NAE_EAA_P-1039_Kommunismi_Majak_kalurikolhoos, lk 24
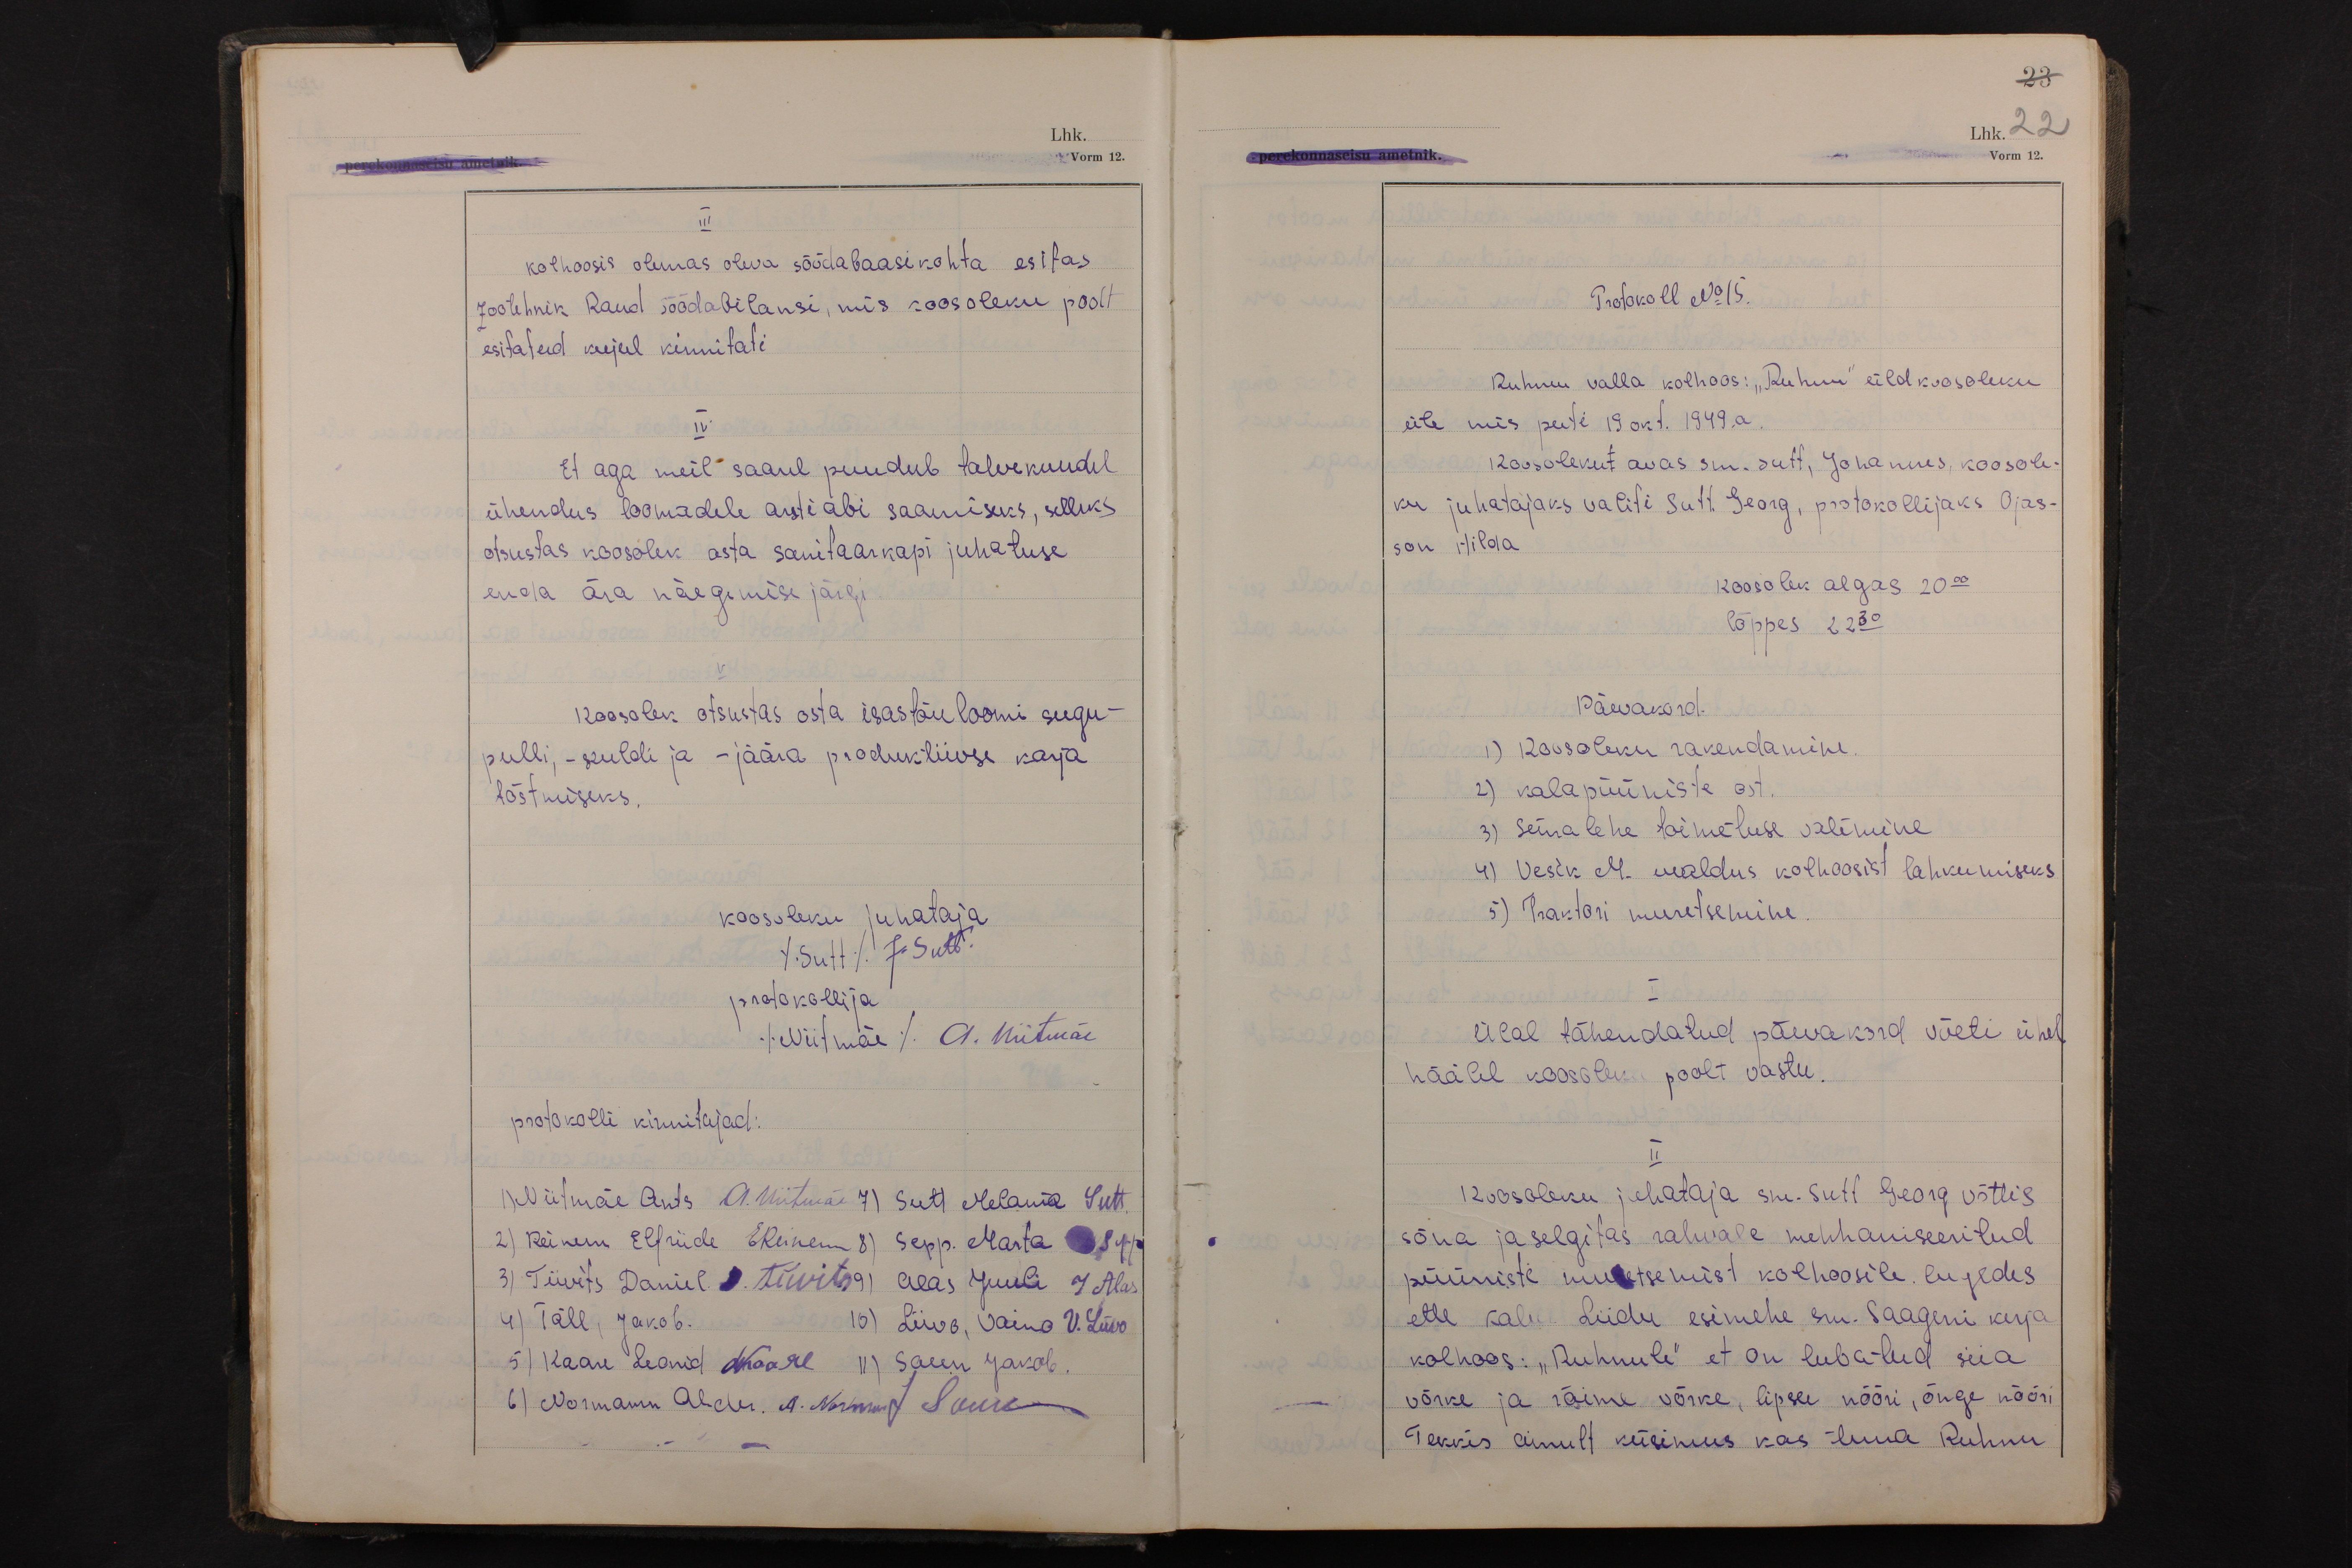
III
kolhoosis olemas oleva söödabaasikohta esitas
zootehnik Raud söödabilansi, mis koosoleku poolt
esitatud kujul kinnitati
IV
Et aga meil saarel puudub talvekuudel
ühendus loomadele arstiabi saamiseks, selleks
otsustas koosolek osta sanitaarkapi juhatuse
enda ära näegemise järgi
V
Koosolek otsustas osta isastõuloomi sugu-
pulli, -kuldi ja -jäära produktiivse karja
tõstmiseks.
koosoleku juhataja
(Sutt) J. Sutt.
protokollija
(Niitmäe) A. Niitmäe
protokolli kinnitajad:
1) Niitmäe Ants A. Niitmäe 7) Sutt Melania Sutt.
2) Reinem Elfriide EReinem 8) Sepp. Marta Sepp
3) Tiivits Daniel D. Tiivits 9) Alas Juuli J Alas
4) Täll, Jakob. 10) Liivo, Vaino V. Liivo
5) Kaare Leonid LKaare 11) Saun Jakob.
6) Normann Alder. A. Norman J Saun

23
Lhk. 22
Vorm 12.

Protokoll No 15.
Ruhnu valla kolhoos: "Ruhnu" üldkoosoleku
üle mis peeti 19 okt. 1949. a.
Koosolekul avas sm. Sutt, Johannes, koosole-
ku juhatajaks valiti Sutt. Georg, protokollijaks Ojas-
son Hilda
koosolek algas 20 00
lõppes 22 30
Päevakord.
1) Koosoleku rakendamine.
2) kalapüüniste ost.
3) Seinalehe toimetuse valimine
4) Vesik M. avaldus kolhoosist lahkumiseks
5) Traktori muretsemine.
I
Ülal tähendatud päevakord võeti ühel
häälel koosoleku poolt vastu.
II
Koosoleku juhataja sm. Sutt Georg võttis
sõna ja selgitas rahvale mehhaniseeritud
püüniste muretsemist kolhoosile. lugedes
ette Kalur Liidu esimehe sm. Saageni kirja
kolhoos: "Ruhnule" et on lubatud siia
võrke ja räime võrke, lipsu nööri, õnge nööri
Tekkis ainult küsimus kas tuua Ruhnu